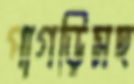
পাগড়িসহ